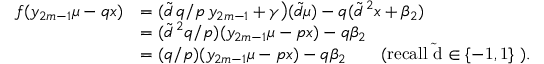
\begin{array} { r l } { f ( y _ { 2 m - 1 } \mu - q x ) } & { = ( \widetilde { d } \, q / p \, y _ { 2 m - 1 } + \gamma \big ) ( \widetilde { d } \mu ) - q ( \widetilde { d } \, ^ { 2 } x + \beta _ { 2 } ) } \\ & { = ( \widetilde { d } \, ^ { 2 } { q / p } ) ( y _ { 2 m - 1 } \mu - p x ) - q \beta _ { 2 } } \\ & { = ( q / p ) ( y _ { 2 m - 1 } \mu - p x ) - q \beta _ { 2 } \qquad \mathrm { ( r e c a l l ~ \widetilde { d } \in \{ - 1 , 1 \} ~ ) } . } \end{array}